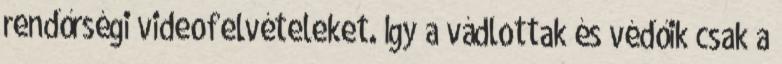
rendőrségi videofelvételeket. Így a vádlottak és védőik csak a